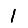
Digit: 1